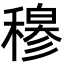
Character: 𬓽